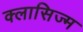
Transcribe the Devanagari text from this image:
क्लासिज्म